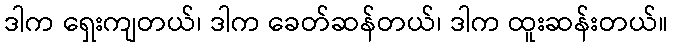
ဒါက ရှေးကျတယ်၊ ဒါက ခေတ်ဆန်တယ်၊ ဒါက ထူးဆန်းတယ်။